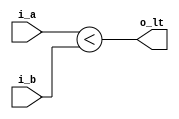
`timescale 1ns / 1ps


module comparator(
    input [7:0] i_a, i_b,
    // input i_en,
    // output o_gt, o_eq    
    output o_lt
    );
    
     // assign o_gt = (i_a > i_b);
    assign o_lt = (i_a < i_b);
    // assign o_eq = (i_a == i_b);
endmodule